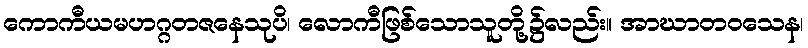
ကောကီယမဟဂ္ဂတဇနေသုပိ၊ လောကီဖြစ်သောသူတို့၌လည်း။ အာဃာတဝသေန၊